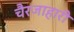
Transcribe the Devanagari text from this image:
चैरजाहारी